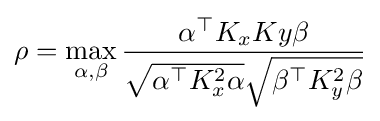
\rho =\max _{\alpha ,\beta }{\frac {\alpha ^{\top }K_{x}Ky\beta }{{\sqrt {\alpha ^{\top }K_{x}^{2}\alpha }}{\sqrt {\beta ^{\top }K_{y}^{2}\beta }}}}